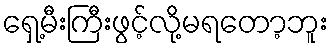
ရှေ့မီးကြီးဖွင့်လို့မရတော့ဘူး